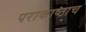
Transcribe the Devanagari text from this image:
पराकाष्ठाच